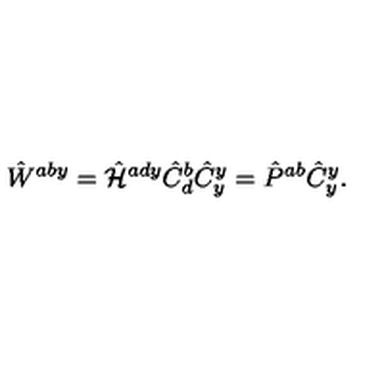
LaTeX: \hat { W } ^ { a b y } = \hat { \cal H } ^ { a d y } \hat { C } _ { d } ^ { b } \hat { C } _ { y } ^ { y } = \hat { P } ^ { a b } \hat { C } _ { y } ^ { y } .